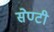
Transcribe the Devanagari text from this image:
सेण्टी